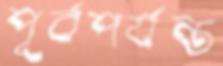
পূর্বপর্যন্ত